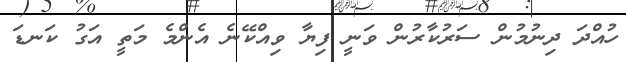
ހުއްދަ ދިނުމުން ސަރުކާރުން ވަނީ ފިޔާ ވިއްކޭނެ އެންމެ މަތީ އަގު ކަނޑަ